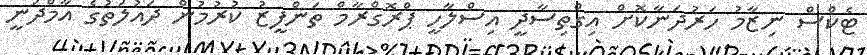
ޓެކްސް ނިޒާމު ހަރުދަނާކޮށް އިގްތިސާދީ އިސްލާހީ ޕްރޮގްރާމް ތަންފީޒު ކުރުމުން ދައުލަތުގެ އާމްދަނީ